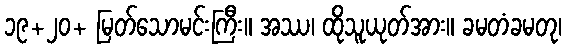
၁၉+၂၀+ မြတ်သောမင်းကြီး။ အဿ၊ ထိုသူယုတ်အား။ ခမတံခမတု၊